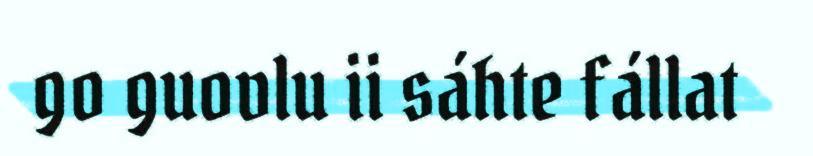
go guovlu ii sáhte fállat